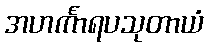
အဟင်္ကာရပသုတာယံ